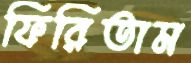
ফিরিতাম